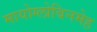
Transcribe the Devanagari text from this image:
मायोग्लोबिनमेह